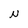
Character: N